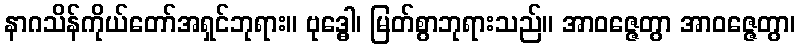
နာဂသိန်ကိုယ်တော်အရှင်ဘုရား။ ဗုဒ္ဓေါ၊ မြတ်စွာဘုရားသည်။ အာဝဇ္ဇေတွာ အာဝဇ္ဇေတွာ၊